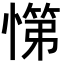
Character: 𭞟